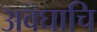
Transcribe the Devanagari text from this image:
अवघाचि